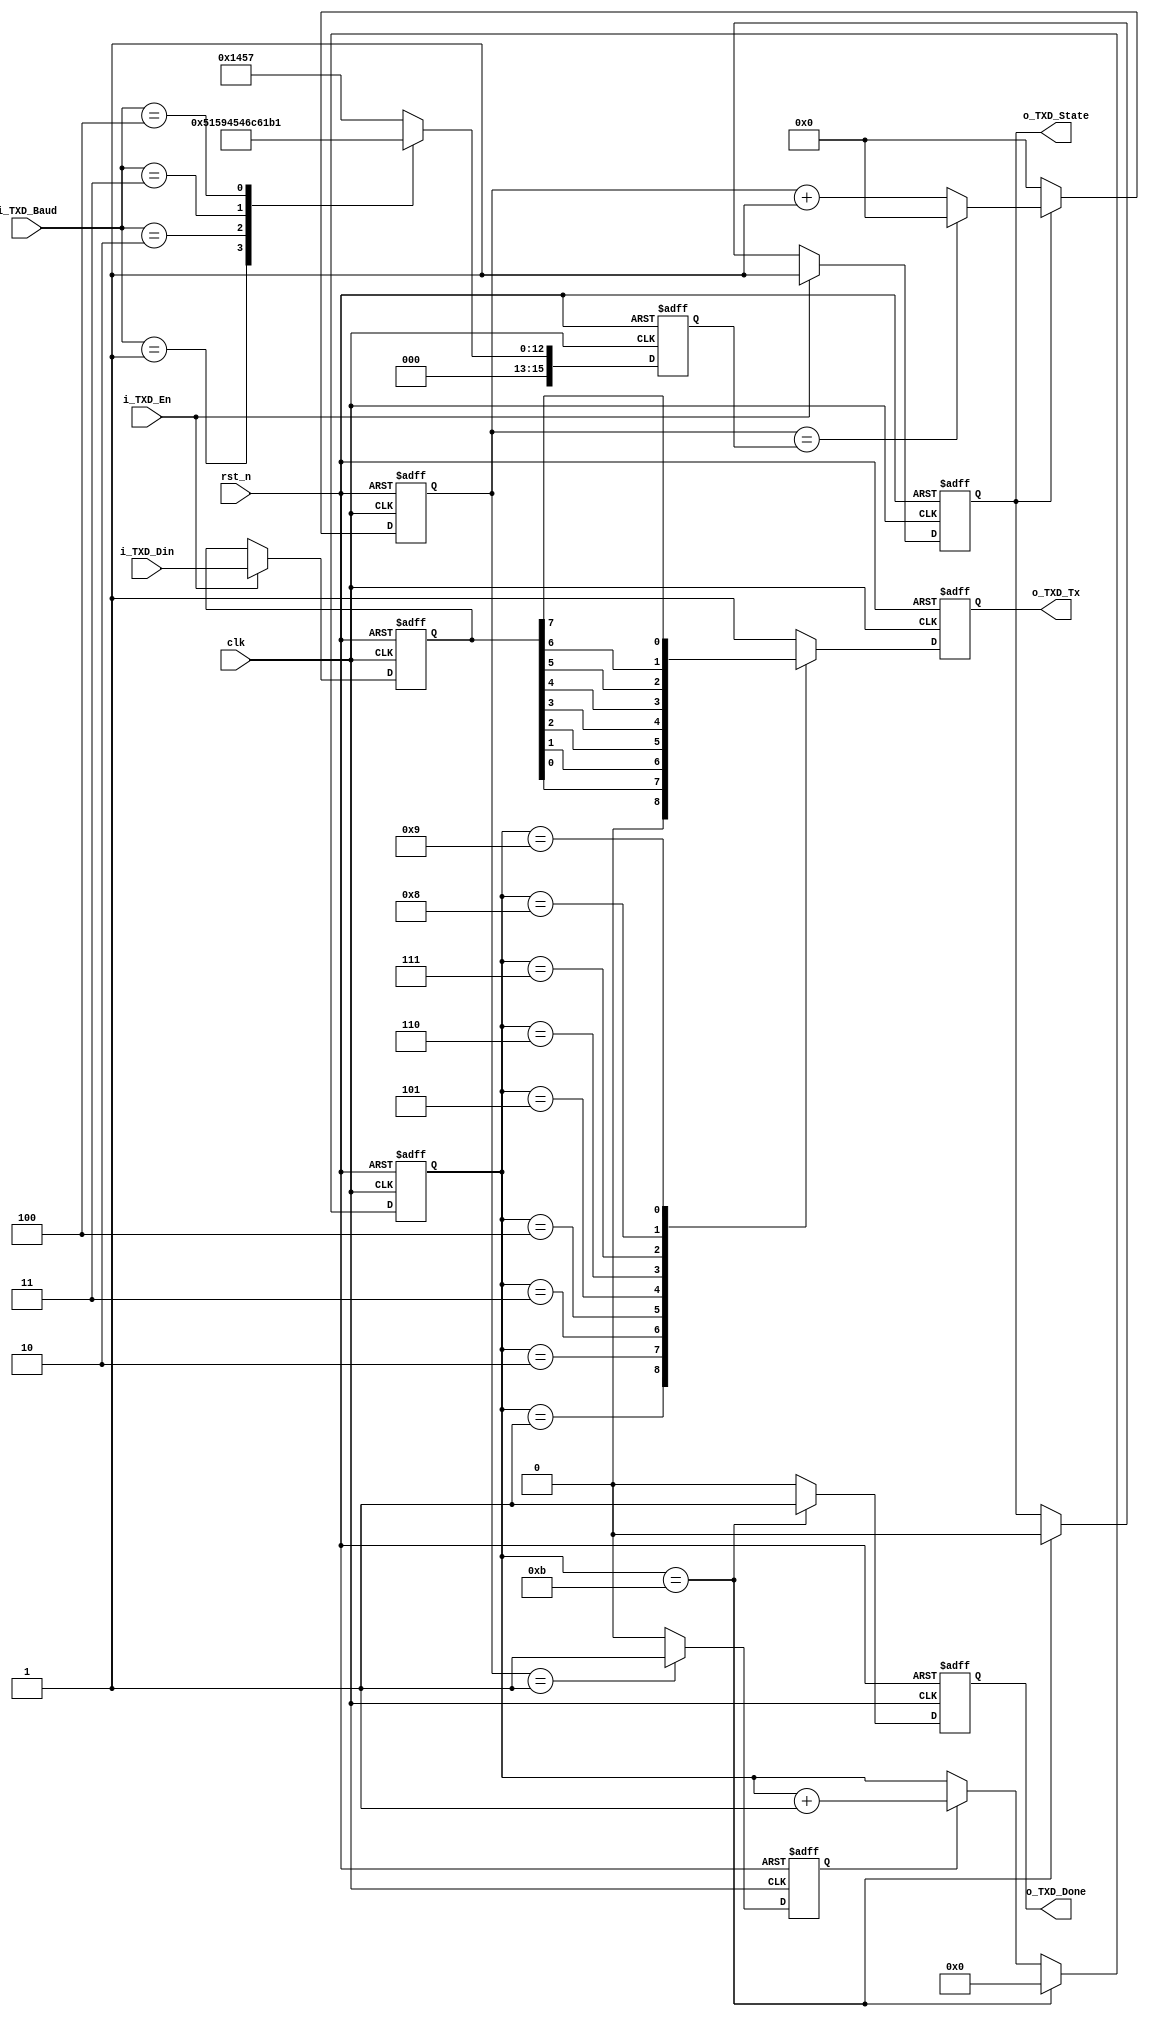
`timescale 1ns/1ps

module uart_byte_tx(
	clk,
	rst_n,
	i_TXD_Din,
	i_TXD_En,
	i_TXD_Baud,
	
	o_TXD_Tx,
	o_TXD_Done,
	o_TXD_State
);

	input clk;
	input rst_n;
	input [7:0]i_TXD_Din;
	input i_TXD_En;
	input [2:0]i_TXD_Baud;
	
	output reg o_TXD_Tx;
	output reg o_TXD_Done;
	output reg o_TXD_State;
	
	reg bps_clk;	//
	
	reg [15:0]div_cnt;//
	
	reg [15:0]bps_DR;//
	
	reg [3:0]bps_cnt;//
	
	reg [7:0]r_data_byte;
	
	localparam START_BIT = 1'b0;
	localparam STOP_BIT = 1'b1;
	
	always@(posedge clk or negedge rst_n)
	if(!rst_n)
		o_TXD_State <= 1'b0;
	else if(i_TXD_En)
		o_TXD_State <= 1'b1;
	else if(bps_cnt == 4'd11)
		o_TXD_State <= 1'b0;
	else
		o_TXD_State <= o_TXD_State;
	
	always@(posedge clk or negedge rst_n)
	if(!rst_n)
		r_data_byte <= 8'd0;
	else if(i_TXD_En)
		r_data_byte <= i_TXD_Din;
	else
		r_data_byte <= r_data_byte;
	
	always@(posedge clk or negedge rst_n)
	if(!rst_n)
		bps_DR <= 16'd5207;
	else begin
		case(i_TXD_Baud)
			0:bps_DR <= 16'd5207;
			1:bps_DR <= 16'd2603;
			2:bps_DR <= 16'd1301;
			3:bps_DR <= 16'd867;
			4:bps_DR <= 16'd433;
			default:bps_DR <= 16'd5207;			
		endcase
	end	
	
	//counter
	always@(posedge clk or negedge rst_n)
	if(!rst_n)
		div_cnt <= 16'd0;
	else if(o_TXD_State)begin
		if(div_cnt == bps_DR)
			div_cnt <= 16'd0;
		else
			div_cnt <= div_cnt + 1'b1;
	end
	else
		div_cnt <= 16'd0;
	
	// bps_clk gen
	always@(posedge clk or negedge rst_n)
	if(!rst_n)
		bps_clk <= 1'b0;
	else if(div_cnt == 16'd1)
		bps_clk <= 1'b1;
	else
		bps_clk <= 1'b0;
	
	//bps counter
	always@(posedge clk or negedge rst_n)
	if(!rst_n)	
		bps_cnt <= 4'd0;
	else if(bps_cnt == 4'd11)
		bps_cnt <= 4'd0;
	else if(bps_clk)
		bps_cnt <= bps_cnt + 1'b1;
	else
		bps_cnt <= bps_cnt;
		
	always@(posedge clk or negedge rst_n)
	if(!rst_n)
		o_TXD_Done <= 1'b0;
	else if(bps_cnt == 4'd11)
		o_TXD_Done <= 1'b1;
	else
		o_TXD_Done <= 1'b0;
		
	always@(posedge clk or negedge rst_n)
	if(!rst_n)
		o_TXD_Tx <= 1'b1;
	else begin
		case(bps_cnt)
			0:o_TXD_Tx <= 1'b1;
			1:o_TXD_Tx <= START_BIT;
			2:o_TXD_Tx <= r_data_byte[0];
			3:o_TXD_Tx <= r_data_byte[1];
			4:o_TXD_Tx <= r_data_byte[2];
			5:o_TXD_Tx <= r_data_byte[3];
			6:o_TXD_Tx <= r_data_byte[4];
			7:o_TXD_Tx <= r_data_byte[5];
			8:o_TXD_Tx <= r_data_byte[6];
			9:o_TXD_Tx <= r_data_byte[7];
			10:o_TXD_Tx <= STOP_BIT;
			default:o_TXD_Tx <= 1'b1;
		endcase
	end	

endmodule